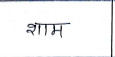
मजकूर: शाम